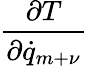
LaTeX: \frac{\partial T}{\partial{\dot{q}}_{m+\nu}}